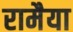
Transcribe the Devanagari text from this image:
रामैया